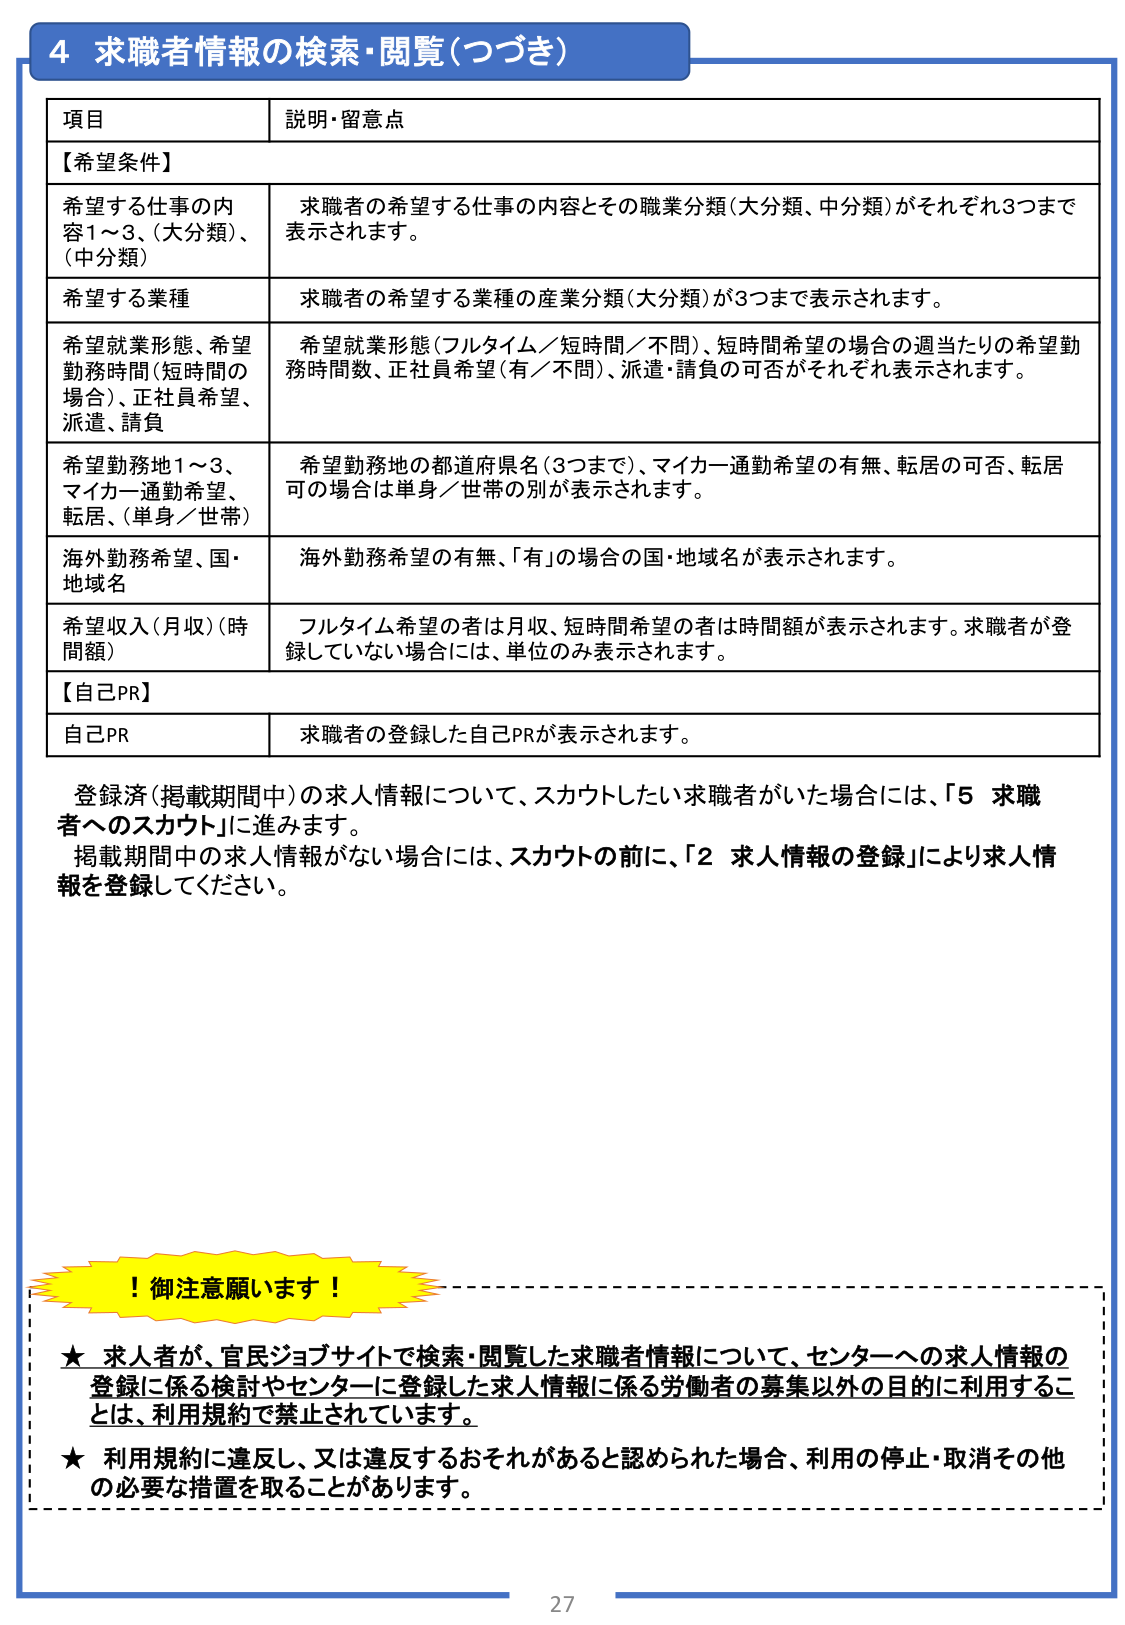
4 求職者情報の検索・閲覧（つづき）

項目 説明・留意点

【希望条件】

希望する仕事の内容1～3、（大分類）、（中分類） 求職者の希望する仕事の内容とその職業分類（大分類、中分類）がそれぞれ3つまで表示されます。

希望する業種 求職者の希望する業種の産業分類（大分類）が3つまで表示されます。

希望就業形態、希望勤務時間（短時間の場合）、正社員希望、派遣、請負 希望就業形態（フルタイム／短時間／不問）、短時間希望の場合の週当たりの希望勤務時間数、正社員希望（有／不問）、派遣・請負の可否がそれぞれ表示されます。

希望勤務地1～3、マイカー通勤希望、転居、（単身／世帯） 希望勤務地の都道府県名（3つまで）、マイカー通勤希望の有無、転居の可否、転居可の場合は単身／世帯の別が表示されます。

海外勤務希望、国・地域名 海外勤務希望の有無、「有」の場合の国・地域名が表示されます。

希望収入（月収）（時間額） フルタイム希望の者は月収、短時間希望の者は時間額が表示されます。求職者が登録していない場合には、単位のみ表示されます。

【自己PR】

自己PR 求職者の登録した自己PRが表示されます。

登録済（掲載期間中）の求人情報について、スカウトしたい求職者がいた場合には、「5 求職者へのスカウト」に進みます。
掲載期間中の求人情報がない場合には、スカウトの前に、「2 求人情報の登録」により求人情報を登録してください。

！御注意願います！

★ 求人者が、官民ジョブサイトで検索・閲覧した求職者情報について、センターへの求人情報の登録に係る検討やセンターに登録した求人情報に係る労働者の募集以外の目的に利用することは、利用規約で禁止されています。

★ 利用規約に違反し、又は違反するおそれがあると認められた場合、利用の停止・取消その他必要な措置を取ることがあります。

27